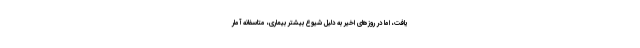
یافت، اما در روزهای اخیر به دلیل شیوع بیشتر بیماری، متاسفانه آمار